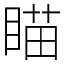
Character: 瞄